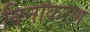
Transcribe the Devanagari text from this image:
दिनाकरण